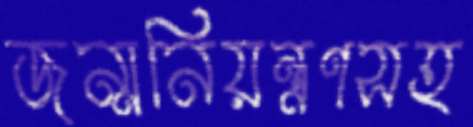
জন্মনিয়ন্ত্রণসহ